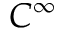
C ^ { \infty }